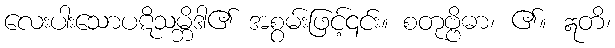
လေးပါးသောပဋိသမ္ဘိဒါ၏ အစွမ်းဖြင့်၎င်း။ စတုဗ္ဗိဓာ၊ ၏။ ဣတိ၊